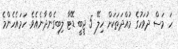
ހަ މަސް ދުވަހުގެ މުއްދަތަކަށް ހިލޭ 5 ޖީބީ ޑޭޓާ ލިބިގެންދާނެއެވެ. ހަމައެހެންމެ